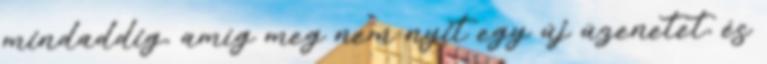
mindaddig, amíg meg nem nyit egy új üzenetet, és